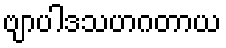
ဗျာပါဒသဟဂတာယ